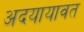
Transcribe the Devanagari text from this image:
अदयायावत